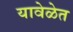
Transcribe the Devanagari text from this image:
यावेळेत